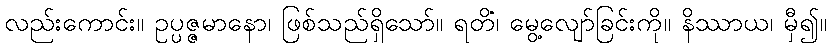
လည်းကောင်း။ ဥပ္ပဇ္ဇမာနော၊ ဖြစ်သည်ရှိသော်။ ရတိံ၊ မွေ့လျော်ခြင်းကို။ နိဿာယ၊ မှီ၍။